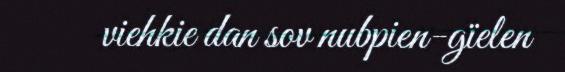
viehkie dan sov nubpien-gïelen